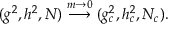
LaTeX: ( g ^ { 2 } , h ^ { 2 } , N ) \stackrel { m \rightarrow 0 } { \longrightarrow } ( g _ { c } ^ { 2 } , h _ { c } ^ { 2 } , N _ { c } ) .